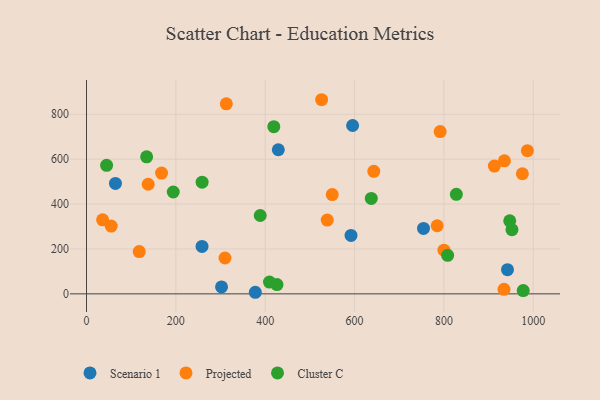
{"axis": {"x": "Ad Spend", "y": "Exam Score"}, "legend": ["Cluster C", "Projected", "Scenario 1"], "data": [{"x": "942.4", "y": 107.6, "type": "Scenario 1"}, {"x": "258.6", "y": 211.3, "type": "Scenario 1"}, {"x": "64.8", "y": 491.9, "type": "Scenario 1"}, {"x": "302.3", "y": 31.0, "type": "Scenario 1"}, {"x": "595.7", "y": 749.9, "type": "Scenario 1"}, {"x": "754.4", "y": 291.3, "type": "Scenario 1"}, {"x": "592.1", "y": 260.4, "type": "Scenario 1"}, {"x": "429.4", "y": 642.0, "type": "Scenario 1"}, {"x": "377.9", "y": 7.0, "type": "Scenario 1"}, {"x": "538.9", "y": 328.8, "type": "Projected"}, {"x": "785.0", "y": 303.3, "type": "Projected"}, {"x": "975.7", "y": 535.0, "type": "Projected"}, {"x": "913.0", "y": 569.4, "type": "Projected"}, {"x": "800.1", "y": 194.6, "type": "Projected"}, {"x": "310.0", "y": 159.8, "type": "Projected"}, {"x": "168.0", "y": 538.2, "type": "Projected"}, {"x": "986.9", "y": 637.8, "type": "Projected"}, {"x": "934.6", "y": 20.2, "type": "Projected"}, {"x": "138.1", "y": 488.3, "type": "Projected"}, {"x": "550.1", "y": 442.3, "type": "Projected"}, {"x": "791.7", "y": 722.7, "type": "Projected"}, {"x": "313.0", "y": 846.4, "type": "Projected"}, {"x": "935.5", "y": 592.8, "type": "Projected"}, {"x": "643.1", "y": 545.9, "type": "Projected"}, {"x": "118.0", "y": 188.1, "type": "Projected"}, {"x": "36.1", "y": 329.7, "type": "Projected"}, {"x": "526.3", "y": 864.8, "type": "Projected"}, {"x": "55.3", "y": 301.7, "type": "Projected"}, {"x": "637.5", "y": 424.9, "type": "Cluster C"}, {"x": "977.6", "y": 14.4, "type": "Cluster C"}, {"x": "808.4", "y": 171.7, "type": "Cluster C"}, {"x": "134.6", "y": 610.2, "type": "Cluster C"}, {"x": "45.0", "y": 572.7, "type": "Cluster C"}, {"x": "409.6", "y": 52.4, "type": "Cluster C"}, {"x": "952.4", "y": 286.1, "type": "Cluster C"}, {"x": "194.2", "y": 453.8, "type": "Cluster C"}, {"x": "419.3", "y": 744.7, "type": "Cluster C"}, {"x": "947.4", "y": 325.4, "type": "Cluster C"}, {"x": "258.8", "y": 497.4, "type": "Cluster C"}, {"x": "827.9", "y": 443.4, "type": "Cluster C"}, {"x": "388.9", "y": 349.1, "type": "Cluster C"}, {"x": "426.4", "y": 41.1, "type": "Cluster C"}]}